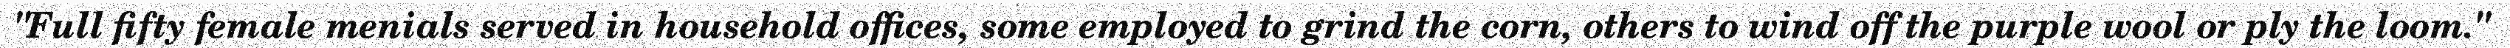
"Full fifty female menials served in household offices, some employed to grind the corn, others to wind off the purple wool or ply the loom."